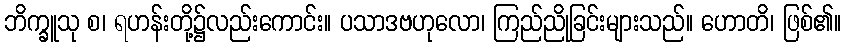
ဘိက္ခူသု စ၊ ရဟန်းတို့၌လည်းကောင်း။ ပသာဒဗဟုလော၊ ကြည်ညိုခြင်းများသည်။ ဟောတိ၊ ဖြစ်၏။